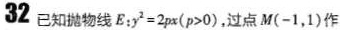
32已知抛物线E：$$y ^ { 2 } = 2 p x ( p > 0 )$$，过点M(-1，1)作